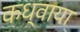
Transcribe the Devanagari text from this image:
कध्वाया